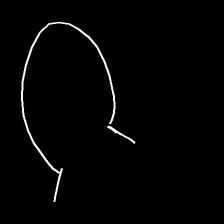
Glyph: weave